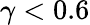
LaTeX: \gamma<0.6